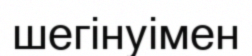
шегінуімен